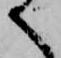
へ